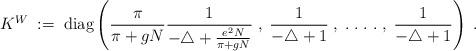
LaTeX: \begin{align*}K^W \; := \; \mbox{diag} \left(\frac{\pi}{\pi + gN} \frac{1}{-\triangle+\frac{e^2N}{\pi + gN}} \; , \;\frac{1}{-\triangle +1}\; , \; . \; . \; . \; . \; , \;\frac{1}{-\triangle +1} \right) \; .\end{align*}